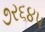
૭ર૬૪પ